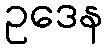
ဥဒေန